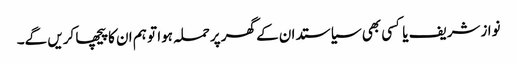
نوازشریف یا کسی بھی سیاستدا ن کے گھر پرحملہ ہوا تو ہم ان کا پیچھا کریں گے۔